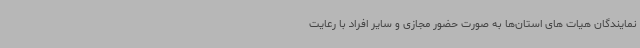
نمایندگان هیات های استان‌ها به صورت حضور مجازی و سایر افراد با رعایت